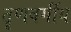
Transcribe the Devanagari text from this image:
तॄणवर्गीय